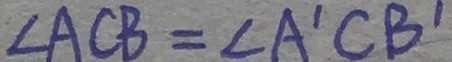
\angle A C B = \angle A ^ { \prime } C B ^ { \prime }